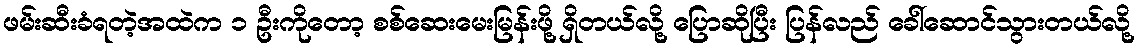
ဖမ်းဆီးခံရတဲ့အထဲက ၁ ဦးကိုတော့ စစ်ဆေးမေးမြန်းဖို့ ရှိတယ်လို့ ပြောဆိုပြီး ပြန်လည် ခေါ်ဆောင်သွားတယ်လို့